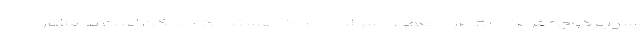
سوپ گوجه فرنگی به طور معمول سرشار از نمک هستند که ممکن است به فشار